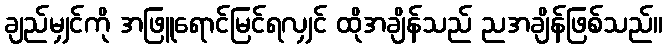
ချည်မျှင်ကို အဖြူရောင်မြင်ရလျှင် ထိုအချိန်သည် ညအချိန်ဖြစ်သည်။